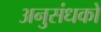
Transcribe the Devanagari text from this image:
अनुसंधकों